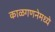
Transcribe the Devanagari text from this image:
काळगणनेमध्ये